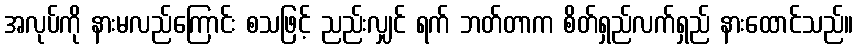
အလုပ်ကို နားမလည်ကြောင်း စသဖြင့် ညည်းလျှင် ရက် ဘတ်တာက စိတ်ရှည်လက်ရှည် နားထောင်သည်။